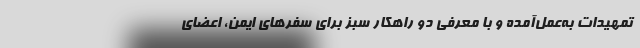
تمهیدات به‌عمل‌آمده و با معرفی دو راهکار سبز برای سفرهای ایمن، اعضای